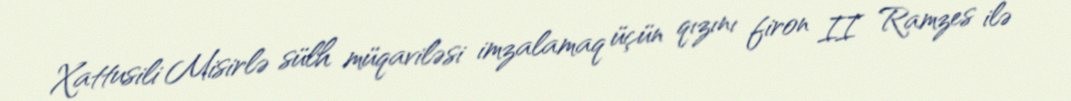
Xattusili Misirlə sülh müqaviləsi imzalamaq üçün qızını firon II Ramzes ilə